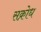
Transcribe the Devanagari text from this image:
सक्रोध